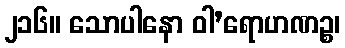
၂၁၆။ သောပါနော ဝါ’ရောဟဏဉ္စ၊